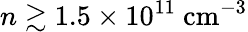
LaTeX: n\gtrsim 1.5\times 10^{11}~\mathrm{cm^{-3}}